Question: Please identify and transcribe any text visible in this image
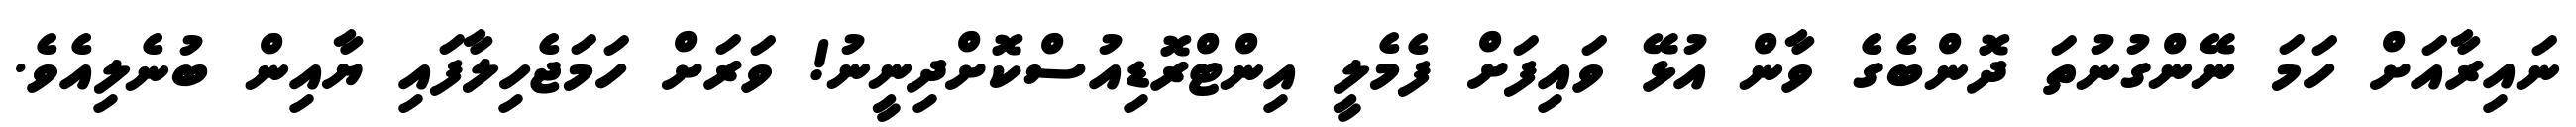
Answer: ނައިރާއަށް ހަމަ ނޭންގުނުތަ ދޮންބެގެ ވާން އުޅޭ ވައިފަށް ފެމެލީ އިންޓްރޮޑިއުސްކޮށްދިނީނު! ވަރަށް ހަމަޖެހިލާފައި ޔާއިން ބުނެލިއެވެ.